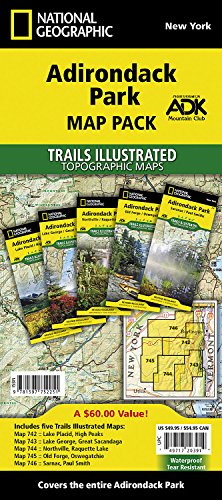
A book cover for Adriondack Park [Map Pack Bundle] (National Geographic Trails Illustrated Map); National Geographic Maps - Trails Illustrated; Travel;